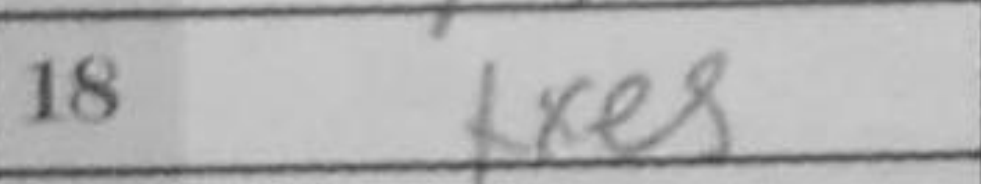
Transcription: fxe5